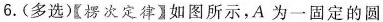
6.(多选)[楞次定律]如图所示，A 为一固定的圆